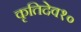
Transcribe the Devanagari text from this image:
कृतिदेव१०